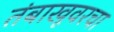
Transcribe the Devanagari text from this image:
तंबाखूवरचा